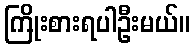
ကြိုးစားရပါဦးမယ်။